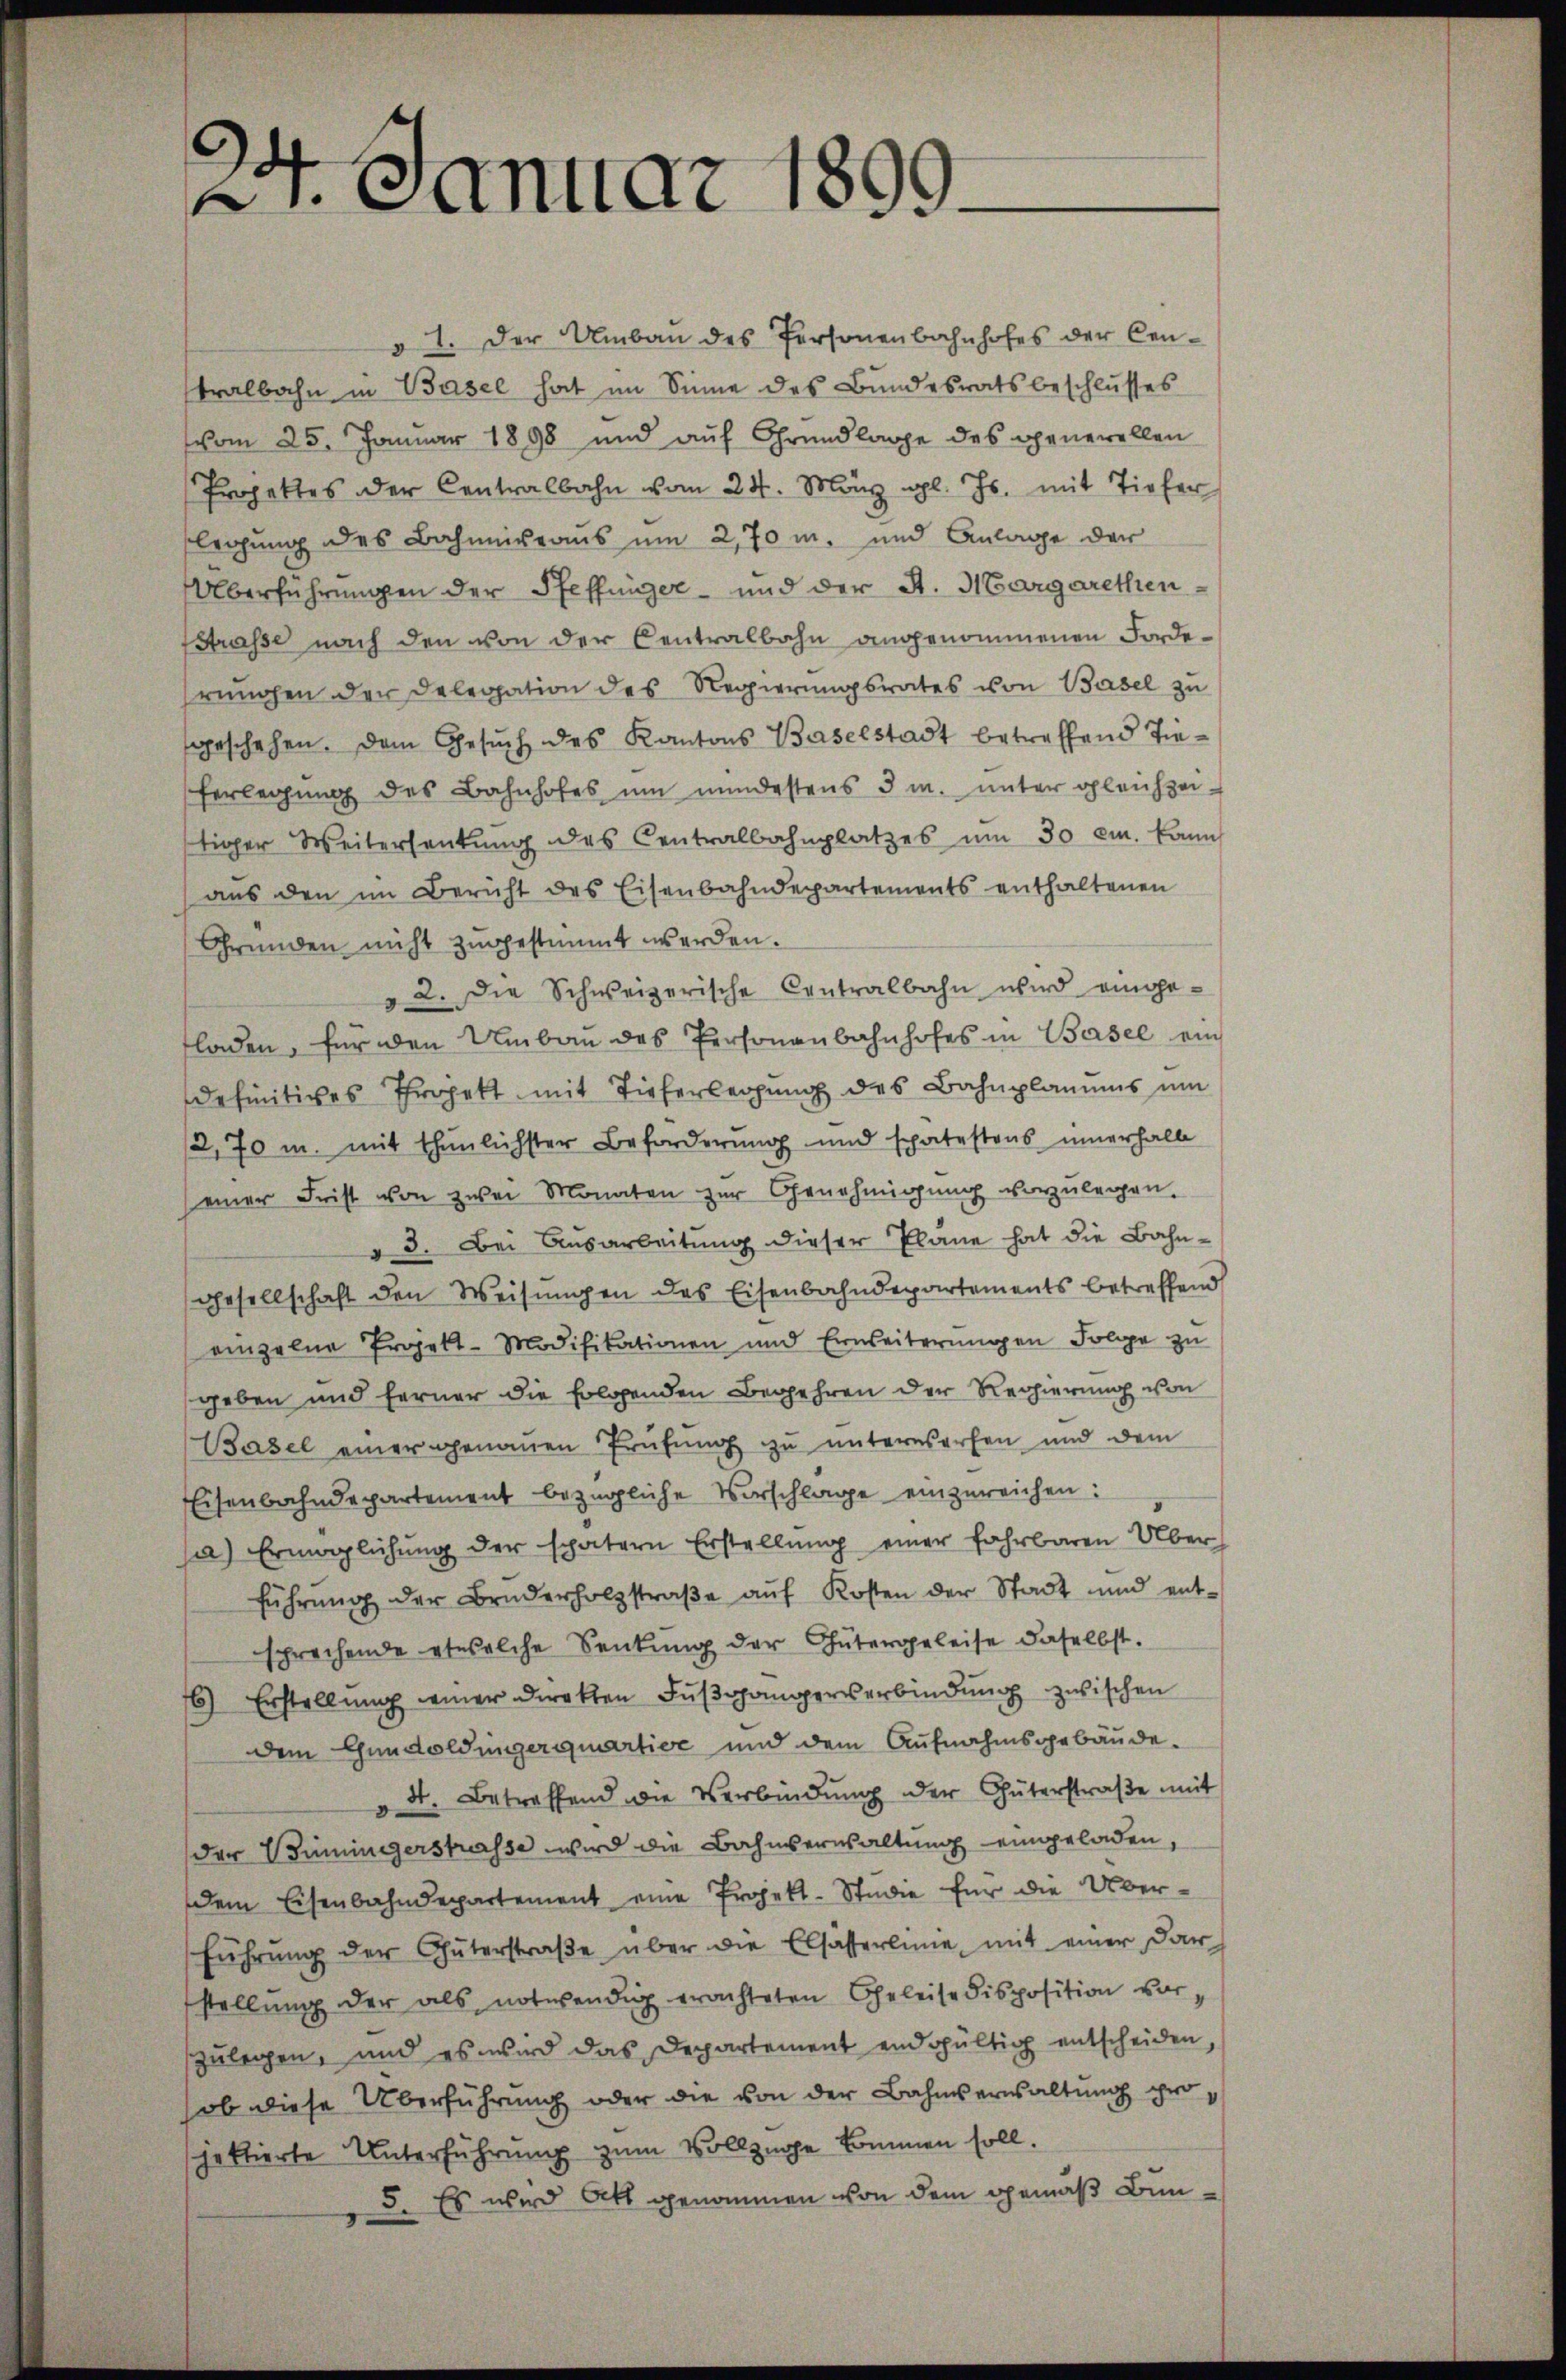
2. Januar 1899.

" 1. Der Umbaŭ des Personenbahnhofes der Cen-
tralbahn in Basel hat im Sinne des Bundesratsbeschlusses
vom 25. Januar 1898 und auf Grundlage des generellen
Projektes der Centralbahn vom 24. März l. Js. mit Tiefer
legung des Bahnieraus um 2,70 m. und Anlage der
Überführungen der Pfeffinger- und der St. Margarethen,
Strasse nach den von der Centralbahn angenommenen Forderungen der Delegation des Regierungsrates von Basel zu
geschehen. Dem Gesŭch des Kantons Baselstadt betreffend Tie-
ferlegung des Bahnhofes um mindestens 3 m. unter gleichzeitiger Weitersantŭng des Centralbahnplatzes um 30 cm. kann
aus den im Bericht des Eisenbahndepartements enthaltenen
Gründen nicht zugestimmt werden.
§ 2. Die Schweizerische Centralbahn wird eingefladen, für den Umbaŭ des Personenbahnhofes in Basel ein
definitives Projekt mit Tieferlegung des Bahnplanus um
2,70 u. mit thunlichster Beförderung und spätestens innerhalb
einer Frist von zwei Monaten zur Genehmigung vorzulegen.
" 3. Bei Ausarbeitung dieser Plane hat die Bahngesellschaft den Weisŭngen des Eisenbahndepartements betreffend
einzelne Projekt-Modifikationen und Erweiterŭngen Folge zu
geben und ferner die folgenden Begehren der Regierung von
Basel einer genauen Prüfung zu unterworfen und dem
Eisenbahndepartement bezügliche Vorschlage einzureichen:
pa) Ermöglichung der spätern Erstellŭng einer fahrbaren Über
führŭng der Brŭderholzstraβe aŭf Kosten der Stadt und ent-
sprechende etwelche Senkung der Gütergeleise daselbst.
16) Erstellung einer Direkten Fußgängerverbindung zwischen
Dem Gundoldingerquartier und dem Aufnahmsgebäude.
dt. Betreffend die Verbindŭng der Güterstraβe mit
der Buninigerstrasse wird die Bahnverwaltung eingeladen,
dem Eisenbahndepartement eine Projekt-Studie für die Über-
führŭng der Güterstraβe über die Elsasserlinie mit einer dar
stellŭng der als notwendig erachteten Geleise disposition vorzulegen, und es wird das Departement endgültig entscheiden,
ob diese Überführung oder die von der Bahnverwaltŭng projektierte Unterführung zum Vollziehe kommen soll.
5. Es wird Ott genommen von dem gemäß Bün¬